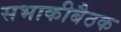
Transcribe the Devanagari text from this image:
सभाकीबैठक